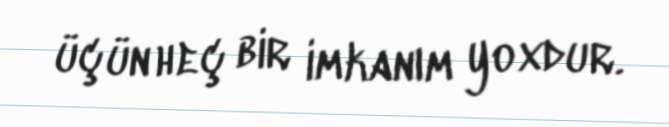
üçün heç bir imkanım yoxdur.